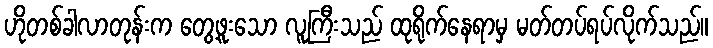
ဟိုတစ်ခါလာတုန်းက တွေ့ဖူးသော လူကြီးသည် ထုရိုက်နေရာမှ မတ်တပ်ရပ်လိုက်သည်။